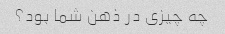
چه چیزی در ذهن شما بود؟